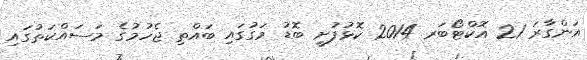
އަންގާރަ 21 އޮކްޓޯބަރ 2014 ކޮޅުފުށީ ބޮޑު މަގުގައި ބައްތި ޖެހުމުގެ މަސައްކަތުގައި